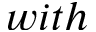
w i t h